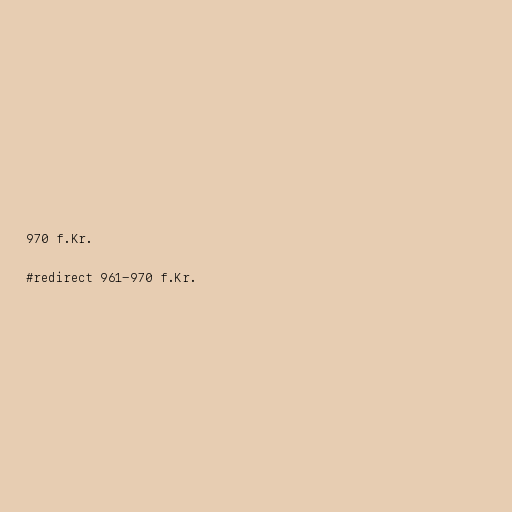
970 f.Kr.

#redirect 961-970 f.Kr.